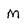
Character: m